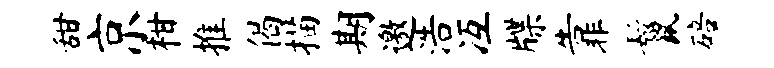
甜京柑推偈描期邀浩冱牒靠鬣碚